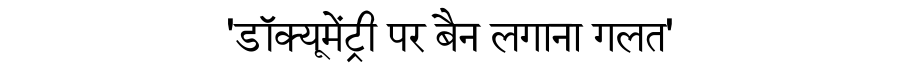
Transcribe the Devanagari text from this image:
'डॉक्यूमेंट्री पर बैन लगाना गलत'